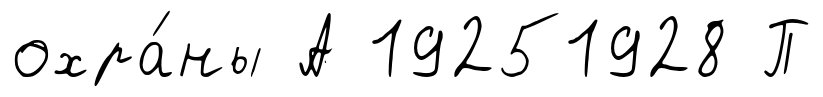
охра́ны А 19251928 П